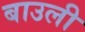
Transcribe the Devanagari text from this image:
बाउली